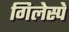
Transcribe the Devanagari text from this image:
गिलेस्पे